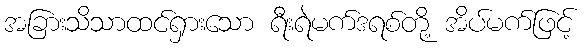
အခြားသိသာထင်ရှားသော ရီးရဲမက်ဒရစ်တို့ အိပ်မက်ဖြင့်